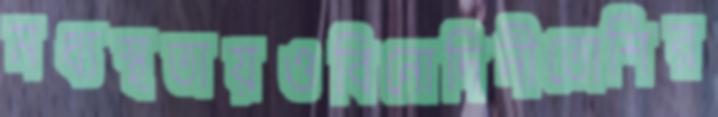
মধ্যস্থতায়ওবিনোদিনীতোশির